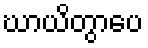
ဃာယိတွာပေ